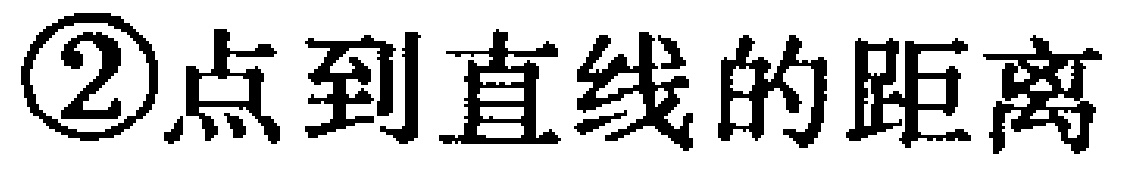
\textcircled{2}点到直线的距离